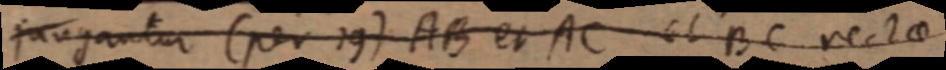
jungantur (per 19) AB et AC et BC rectae